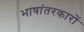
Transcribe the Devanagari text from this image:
भाषांतरकारों